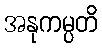
အနုကမ္ပတိ